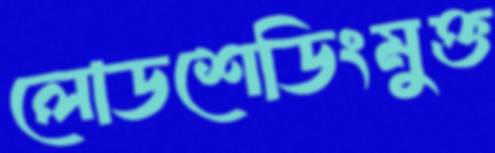
লোডশেডিংমুক্ত